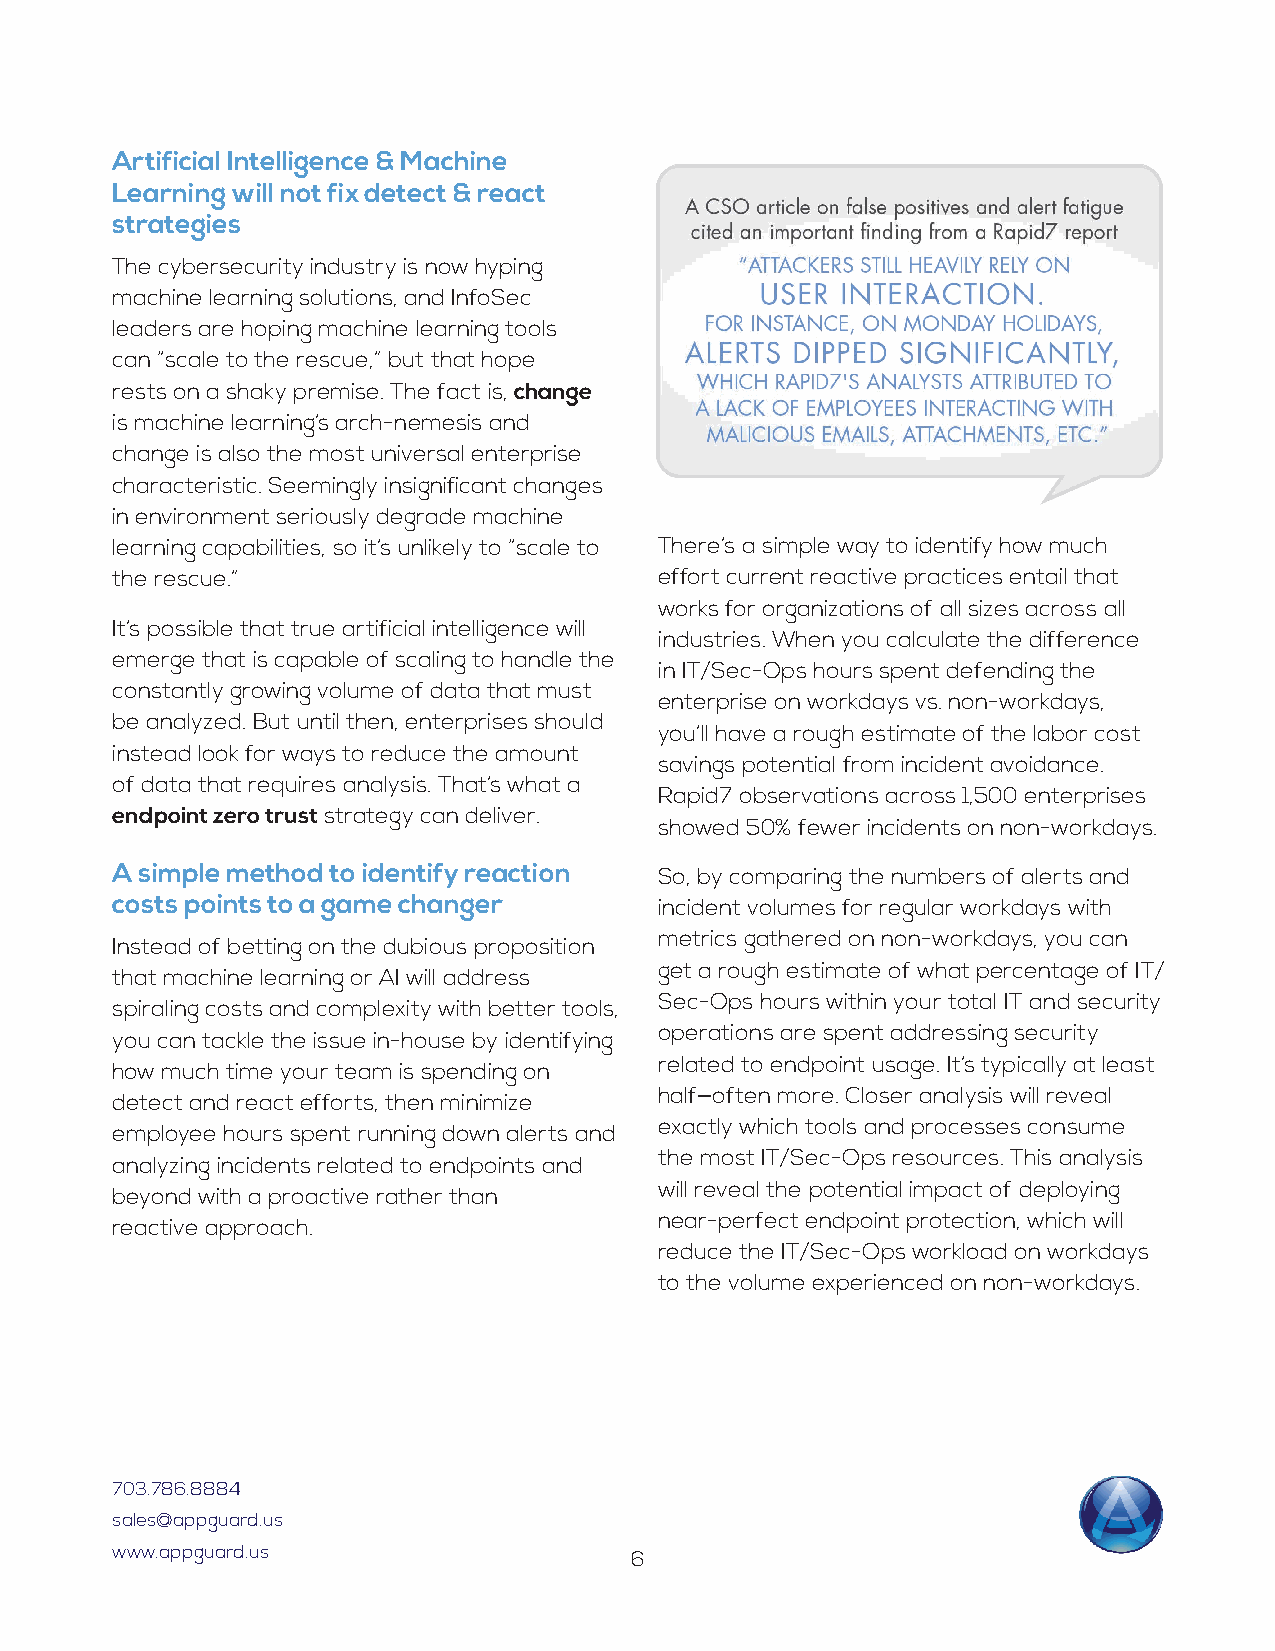
Artificial Intelligence & Machine
 Learning will not fix detect & react
 strategies
 The cybersecurity industry is now hyping
 machine learning solutions, and InfoSec
 leaders are hoping machine learning tools
 can “scale to the rescue,” but that hope
 rests on a shaky premise. The fact is, change
 is machine learning’s arch-nemesis and
 change is also the most universal enterprise
 characteristic. Seemingly insignificant changes
 in environment seriously degrade machine
 learning capabilities, so it’s unlikely to “scale to There’s a simple way to identify how much
 the rescue.”                         effort current reactive practices entail that
 works for organizations of all sizes across all
 It’s possible that true artificial intelligence will
 industries. When you calculate the difference
 emerge that is capable of scaling to handle the
 in IT/Sec-Ops hours spent defending the
 constantly growing volume of data that must
 enterprise on workdays vs. non-workdays,
 be analyzed. But until then, enterprises should
 you’ll have a rough estimate of the labor cost
 instead look for ways to reduce the amount
 savings potential from incident avoidance.
 of data that requires analysis. That’s what a
 Rapid7 observations across 1,500 enterprises
 endpoint zero trust strategy can deliver.
 showed 50% fewer incidents on non-workdays.
 A simple method to identify reaction So, by comparing the numbers of alerts and
 costs points to a game changer       incident volumes for regular workdays with
 metrics gathered on non-workdays, you can
 Instead of betting on the dubious proposition
 get a rough estimate of what percentage of IT/
 that machine learning or AI will address
 Sec-Ops hours within your total IT and security
 spiraling costs and complexity with better tools,
 operations are spent addressing security
 you can tackle the issue in-house by identifying
 related to endpoint usage. It’s typically at least
 how much time your team is spending on
 half—often more. Closer analysis will reveal
 detect and react efforts, then minimize
 exactly which tools and processes consume
 employee hours spent running down alerts and
 the most IT/Sec-Ops resources. This analysis
 analyzing incidents related to endpoints and
 will reveal the potential impact of deploying
 beyond with a proactive rather than
 near-perfect endpoint protection, which will
 reactive approach.
 reduce the IT/Sec-Ops workload on workdays
 to the volume experienced on non-workdays.
 703.786.8884
 sales@appguard.us
 www.appguard.us
 6